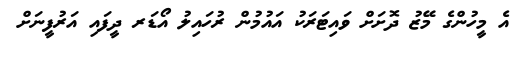
އެ މީހުންގެ މޭޒު ދޮށަށް ވައިޓަރަކު އައުމުން ރުހައިލު އޯޑަރ ދީފައި އަރުފީނަށް